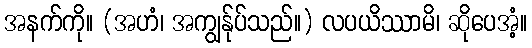
အနက်ကို။ (အဟံ၊ အကျွန်ုပ်သည်။) လပယိဿာမိ၊ ဆိုပေအံ့။